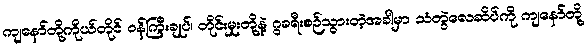
ကျနော်တို့ကိုယ်တိုင် ဝန်ကြီးချုပ်၊ တိုင်းမှုးတို့နဲ့ ဂွခရီးစဉ်သွားတဲ့အခါမှာ သံတွဲလေဆိပ်ကို ကျနော်တို့